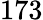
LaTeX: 173